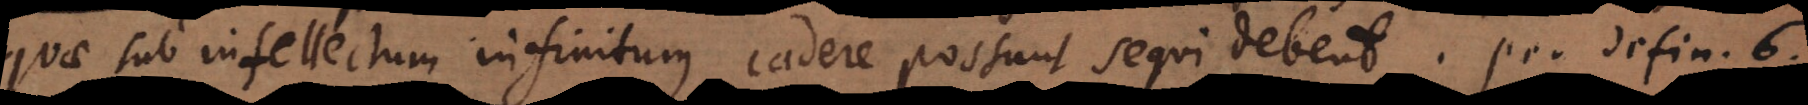
quae sub intellectum infinitum cadere possunt sequi debent, per defin. 6.